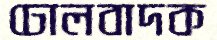
ঢোলবাদক